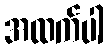
အထက်ပါ